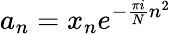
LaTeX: a_{n}=x_{n}e^{-{\frac{\pi i}{N}}n^{2}}